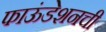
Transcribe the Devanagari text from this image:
फाऊंडेशनची